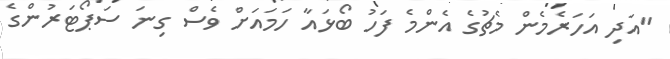
"އަދި އަހަރެމެން މެޗުގެ އެންމެ ފަހު ބޯޅައާ ހަމައަށް ވެސް ގިނަ ސަޕޯޓަރުންގެ